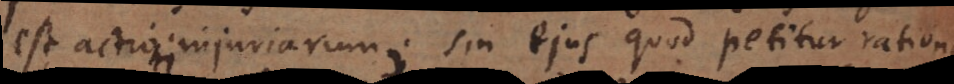
est actioni injuriarum; sin ejus quod petitur rationem